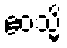
ဧဝသ္မိ